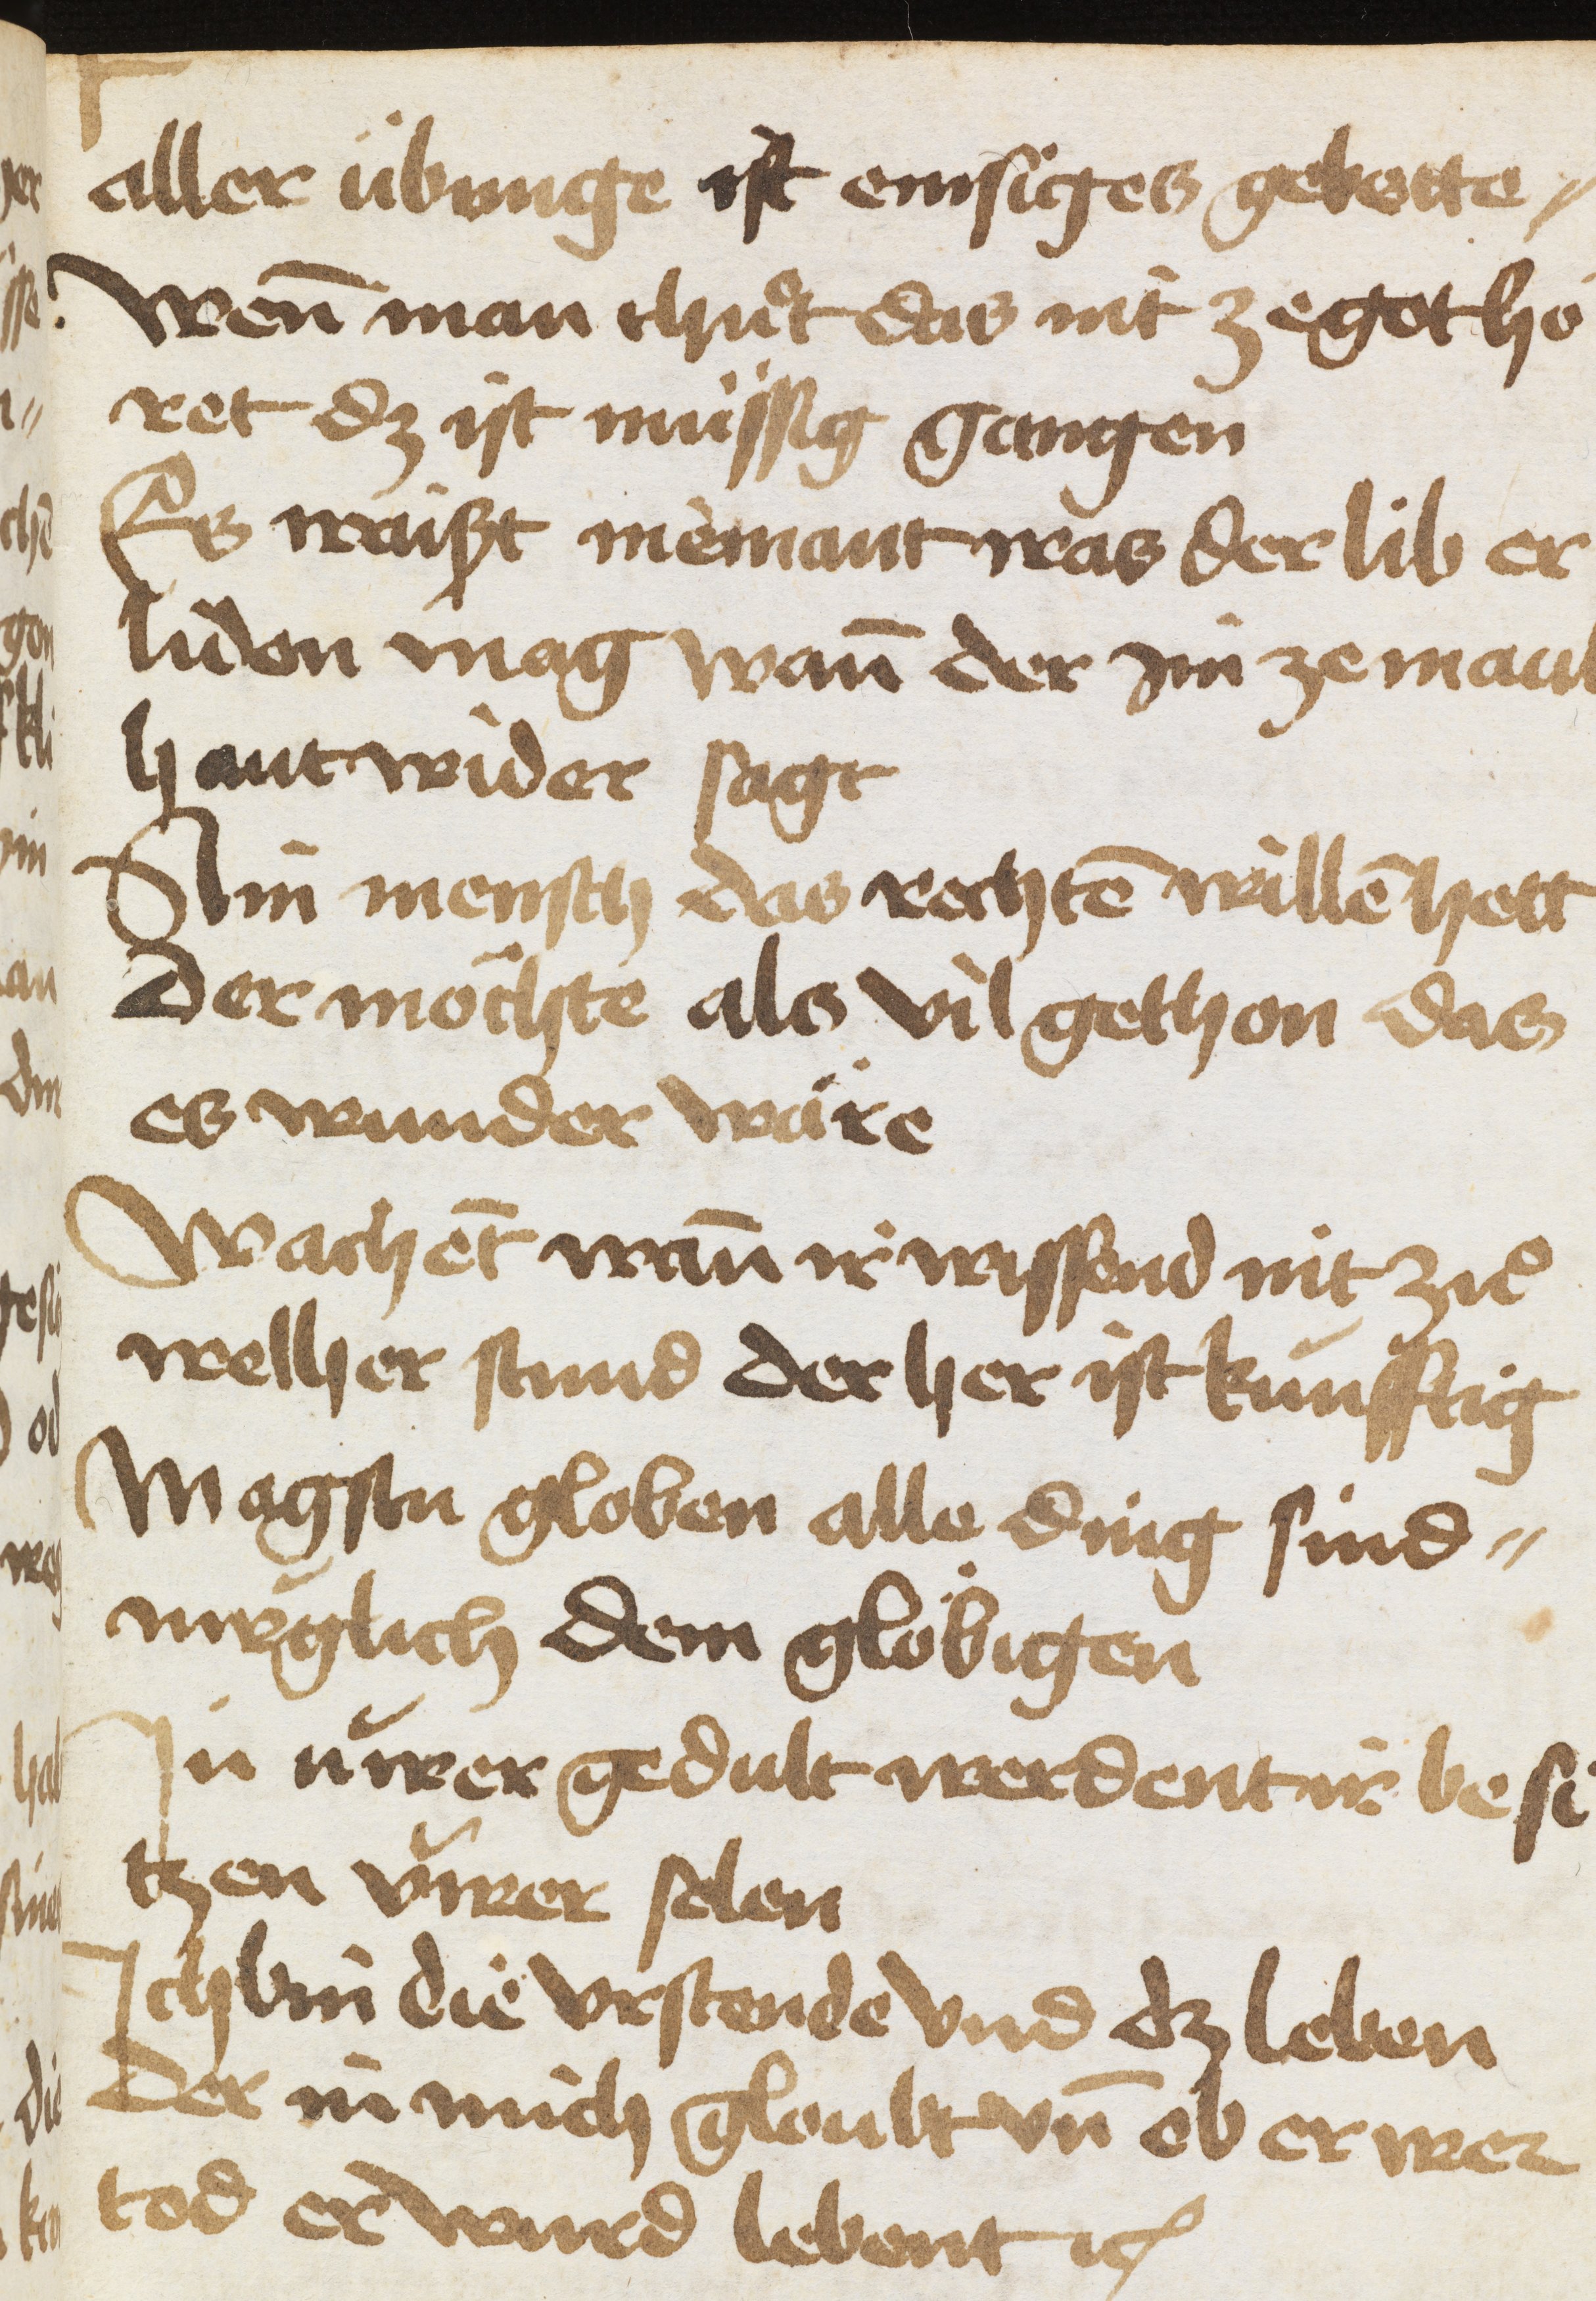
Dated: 1500–1530